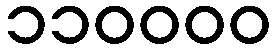
၁၁၀၀၀၀